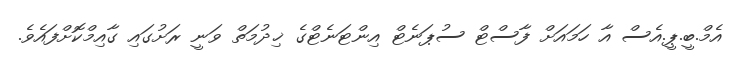
އެމް.ބީ.ޕީ.އެސް އާ ހަމައަށް ފާސްޓް ސުޕަނެޓް އިންޓަނެޓްގެ ޚިދުމަތް ވަނީ ރަށުގައި ގާއިމްކޮށްފައެވެ.